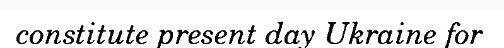
constitute present day Ukraine for